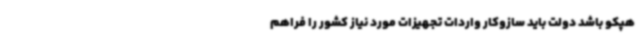
هپکو باشد دولت باید سازوکار واردات تجهیزات مورد نیاز کشور را فراهم